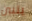
يتبين